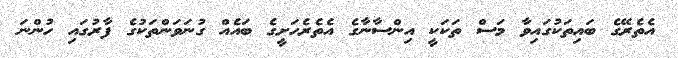
އެތެރޭގެ ބައިތަކުގައިވާ މަސް ތަކަކީ އިންސާނާގެ އެތެރެހަށީގެ ބައެއް ގުނަވަންތަކުގެ ފާރުގައި ހުންނަ